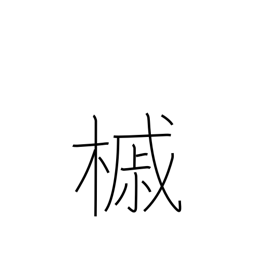
Meaning: maple tree